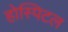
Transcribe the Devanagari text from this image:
होस्पिटल